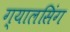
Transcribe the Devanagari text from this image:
ग्‍यालसिंग